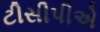
ટીસીપીએ